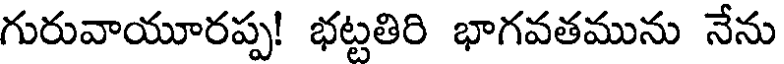
గురువాయూరప్ప! భట్టతిరి భాగవతమును నేను